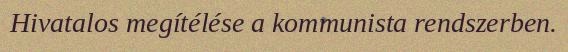
Hivatalos megítélése a kommunista rendszerben.